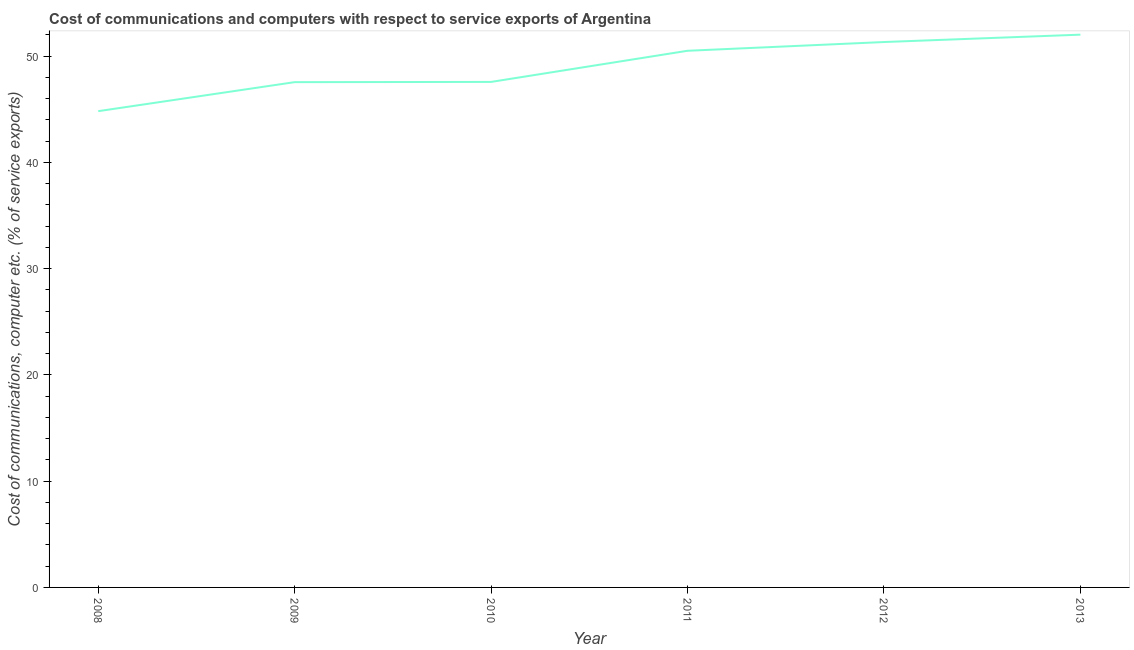
| Year | Communications |
 | --- | --- |
 | 2008 | 44.8 |
 | 2009 | 47.6 |
 | 2010 | 47.6 |
 | 2011 | 50.5 |
 | 2012 | 51.3 |
 | 2013 | 52 |